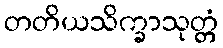
တတိယသိက္ခာသုတ္တံ